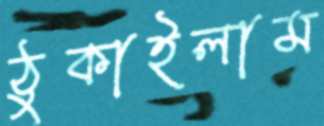
ঠুকাইলাম